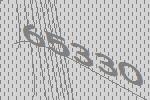
65330